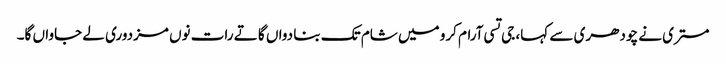
مستری نے چودھری سے کہا، جی تسی آرام کرو میں شام تک بنا دواں گا تے رات نوں مزدوری لے جاواں گا۔